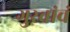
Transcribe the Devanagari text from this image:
गुरवांचं